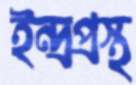
ইন্দ্রপ্রস্থ